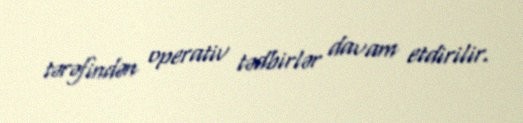
tərəfindən operativ tədbirlər davam etdirilir.